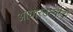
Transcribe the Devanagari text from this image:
आधारउम्मीदों